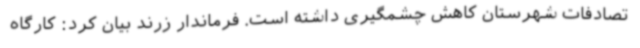
تصادفات شهرستان کاهش چشمگیری داشته است. فرماندار زرند بیان کرد: کارگاه